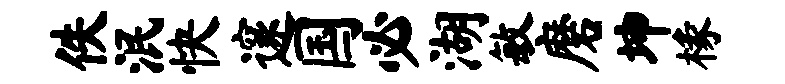
佚泯快邃国必湖敏磨坤椽